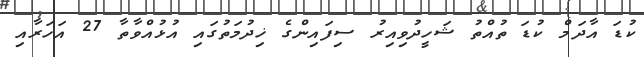
ކުޑަ އާދަމް ކުޑަ ތުއްތު ޝަހީދުވިއިރު ސިފައިންގެ ޚިދުމަތުގައި އުޅުއްވާތާ 27 އަހަރާއި